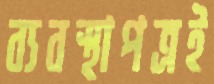
ব্যবস্থাপত্রই